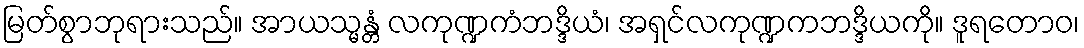
မြတ်စွာဘုရားသည်။ အာယသ္မန္တံ လကုဏ္ဍကံဘဒ္ဒိယံ၊ အရှင်လကုဏ္ဍကဘဒ္ဒိယကို။ ဒူရတောဝ၊